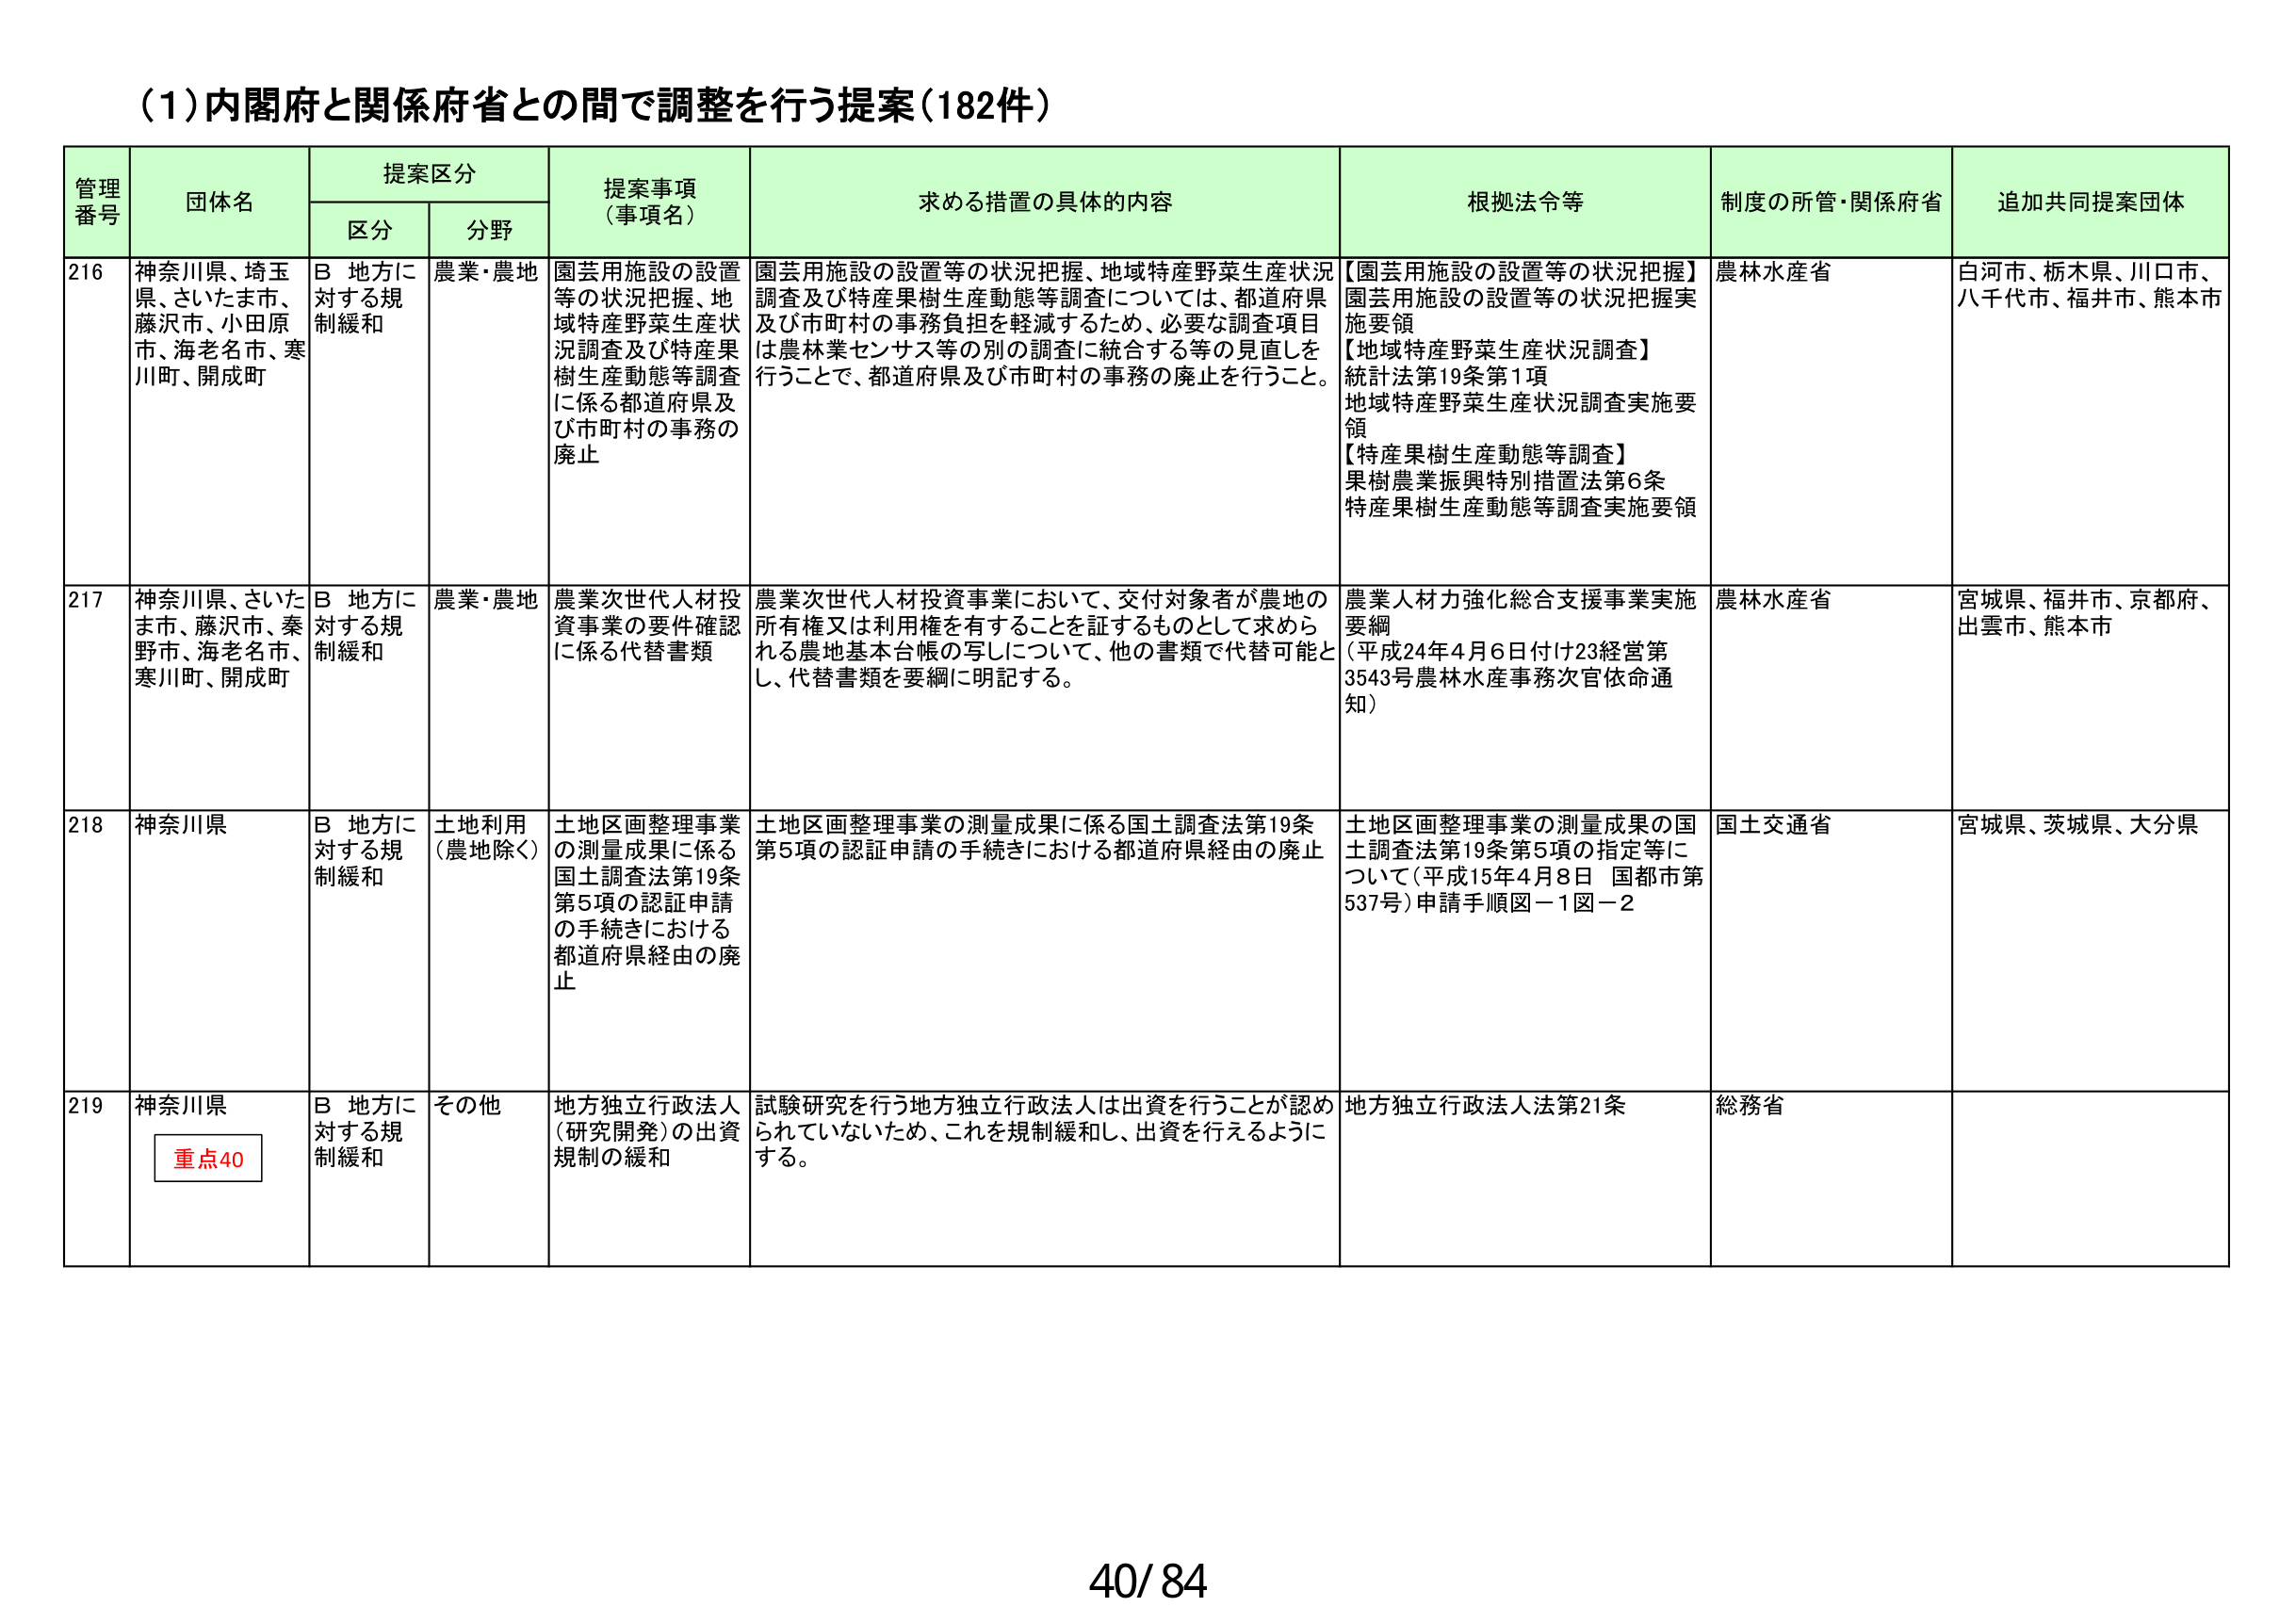
(1)内閣府と関係府省との間で調整を行う提案(182件)

管理番号 団体名 提案区分 提案事項（事項名） 求める措置の具体的内容 根拠法令等 制度の所管・関係府省 追加共同提案団体
区分 分野

216 神奈川県、埼玉県、さいたま市、藤沢市、小田原市、海老名市、寒川町、開成町 B 地方に対する規制緩和 農業・農地 園芸用施設の設置等の状況把握、地域特産野菜生産状況調査及び特産果樹生産動態等調査に係る都道府県及び市町村の事務の廃止 園芸用施設の設置等の状況把握、地域特産野菜生産状況調査及び特産果樹生産動態等調査については、都道府県及び市町村の事務負担を軽減するため、必要な調査項目は農林業センサス等の別の調査に統合する等の見直しを行うことで、都道府県及び市町村の事務の廃止を行うこと。 【園芸用施設の設置等の状況把握】園芸用施設の設置等の状況把握実施要領 【地域特産野菜生産状況調査】統計法第19条第1項 地域特産野菜生産状況調査実施要領 【特産果樹生産動態等調査】果樹農業振興特別措置法第6条 特産果樹生産動態等調査実施要領 農林水産省 白河市、栃木県、川口市、八千代市、福井市、熊本市

217 神奈川県、さいたま市、藤沢市、秦野市、海老名市、寒川町、開成町 B 地方に対する規制緩和 農業・農地 農業次世代人材投資事業の要件確認に係る代替書類 農業次世代人材投資事業において、交付対象者が農地の所有権又は利用権を有することを証するものとして求められる農地基本台帳の写しについて、他の書類で代替可能とし、代替書類を要綱に明記する。 農業人材力強化総合支援事業実施要綱 （平成24年4月6日付け23経営第3543号農林水産事務次官依命通知） 農林水産省 宮城県、福井市、京都府、出雲市、熊本市

218 神奈川県 B 地方に対する規制緩和 土地利用（農地除く） 土地区画整理事業の測量成果に係る国土調査法第19条第5項の認証申請の手続きにおける都道府県経由の廃止 土地区画整理事業の測量成果に係る国土調査法第19条第5項の認証申請の手続きにおける都道府県経由の廃止 土地区画整理事業の測量成果の国土調査法第19条第5項の指定等について（平成15年4月8日 国都市第537号）申請手順図－1図－2 国土交通省 宮城県、茨城県、大分県

219 神奈川県 B 地方に対する規制緩和 その他 地方独立行政法人（研究開発）の出資規制の緩和 試験研究を行う地方独立行政法人は出資を行うことが認められていないため、これを規制緩和し、出資を行えるようにする。 地方独立行政法人法第21条 総務省

重点40

40/84